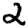
Digit: 2